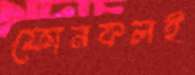
ফোনকলই